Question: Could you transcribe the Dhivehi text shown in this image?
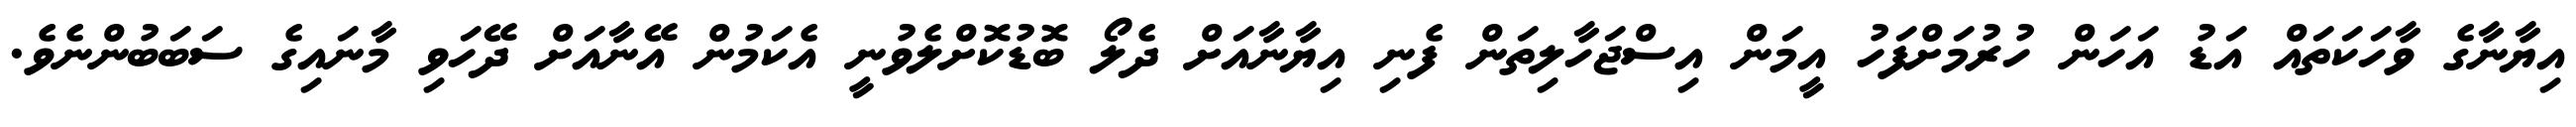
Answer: އިޔާނާގެ ވާހަކަތައް އަޑު އަހަން ހުރުމަށްފަހު އީމަން އިސްޖަހާލިތަން ފެނި އިޔާނާއަށް ދެލޯ ބޮޑުކޮށްލެވުނީ އެކަމުން އޭނާއަށް ދޭހަވި މާނައިގެ ސަބަބުންނެވެ.